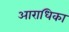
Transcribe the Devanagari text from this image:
आराधिका